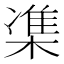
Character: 𪳙